Annual administration report of the Civil Veterinary Department of India - 1894-1895
Year: 1894
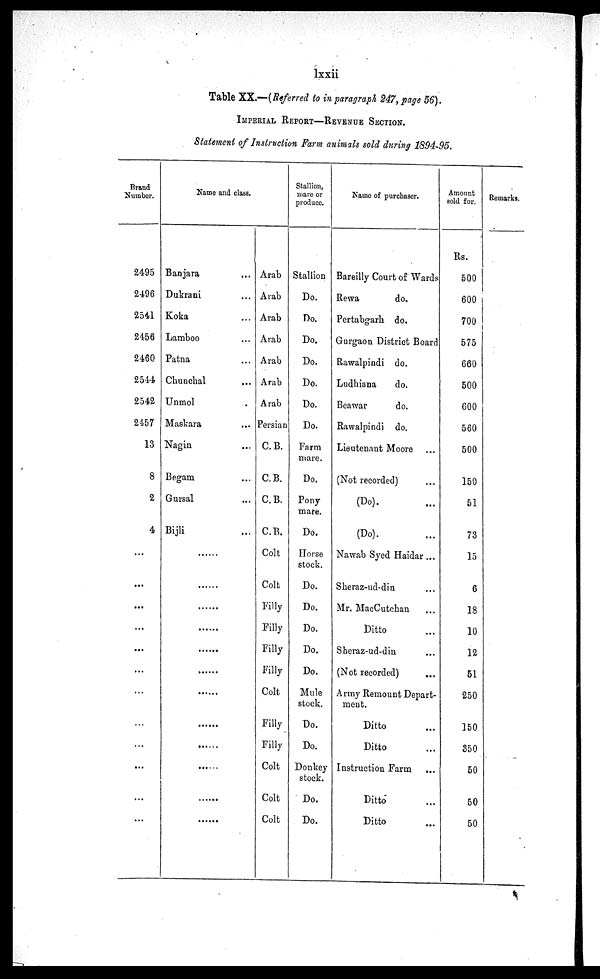
lxxii
Table XX.—(Referred to in paragraph 247, page 56).
IMPERIAL REPORT— REVENUE SECTION.
Statement of Instruction Farm animals sold during 1894-95.
Brand
Number.
2495
2496
2541
2456
2460
2544
2542
2457
13
8
2
4
...
...
...
...
...
...
...
...
...
...
...
...
Name and class.
Banjara ...
Dukrani ...
Koka ...
Lamboo ...
Patna ...
Chuncbal ...
Unmol
Maskara ...
Nagin ...
Begam ...
Gursal ...
Bijli ...
.....
.....
.....
.....
.....
.....
.....
.....
.....
.....
.....
.....
Arab
Arab
Arab
Arab
Arab
Arab
Arab
Persian
C.B.
C.B.
C.B.
C.B.
Colt
Colt
Filly
Filly
Filly
Filly
Colt
Filly
Filly
Colt
Colt
Colt
Stallion,
mare or
produce.
Stallion
Do.
Do.
Do.
Do.
Do.
Do.
Do.
Farm
mare.
Do.
Pony
mare.
Do.
Horse
stock.
Do.
Do.
Do.
Do.
Do.
Mule
stock.
Do.
Do.
Donkey
stock.
Do.
Do.
Name of purchaser.
Bareilly Court of Wards
Rewa
do.
Pertabgarh do.
Gurgaon District Board
Rawalpindi do.
Ludhiana
do.
Beawar
do.
Rawalpindi do.
Lieutenant Moore ...
(Not recorded) ...
(Do). ...
(Do). ...
Nawab Syed Haidar ...
Skeraz-ud-din ...
Mr. MacCutckan ...
Ditto ...
Sheraz-ud-din ...
(Not recorded) ...
Army Remount Depart-
ment.
Ditto ...
Ditto ...
Instruction Farm
...
Ditto ...
Ditto ...
Amount
sold for.
Rs.
500
600
700
575
660
500
600
560
500
150
51
73
15
6
18
10
12
51
250
150
350
50
50
50
Remarks.